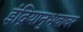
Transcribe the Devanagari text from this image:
इंद्रियानुभवावर